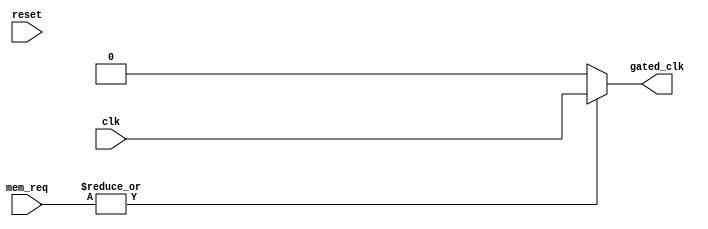
module ClockGatingControl (
    input wire clk,             // Global clock
    input wire reset,           // Reset signal
    input wire [3:0] mem_req,   // Memory requests (4 blocks)
    output wire gated_clk       // Gated clock output
);

    // Logic to determine if any memory blocks are active
    wire enable;
    assign enable = |mem_req;  // Enable if any memory request is active

    // Clock gating implementation
    assign gated_clk = enable ? clk : 1'b0; // Gated clock signal

endmodule